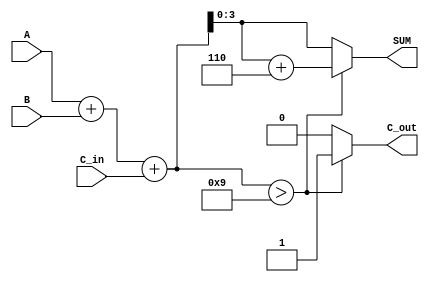
module BCD_Asynchronous_Adder (
    input [3:0] A,        // 4-bit BCD input A
    input [3:0] B,        // 4-bit BCD input B
    input C_in,           // Carry-in signal
    output reg [3:0] SUM, // 4-bit BCD output SUM
    output reg C_out      // Carry-out signal
);

    // Internal wires to hold the binary sum
    wire [4:0] S; // 5-bit to hold the sum (to accommodate carry)
    
    // Compute the binary sum
    assign S = A + B + C_in;

    // Combinational logic to determine the BCD output and carry-out
    always @(*) begin
        if (S > 4'b1001) begin
            // If sum exceeds 9, apply BCD correction (add 6)
            SUM = S[3:0] + 4'b0110; // Add 6
            C_out = 1;               // Set carry-out
        end else begin
            // No correction needed
            SUM = S[3:0];
            C_out = 0;               // No carry-out
        end
    end

endmodule